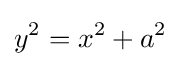
y^{2}=x^{2}+a^{2}